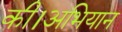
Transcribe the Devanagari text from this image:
की।अभियान